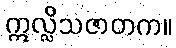
ဣလ္လိသဇာတက။